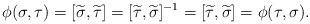
\begin{align*} \phi(\sigma, \tau) = [\widetilde \sigma, \widetilde \tau] = [\widetilde \tau, \widetilde \sigma]^{-1} = [\widetilde \tau, \widetilde \sigma] = \phi(\tau, \sigma).\end{align*}